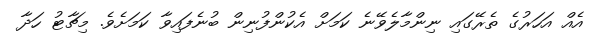
އެއް އަހަރުގެ ތެރޭގައި ނިންމާލެވޭނެ ކަމަށް އެކުންފުނިން ބުނެފައިވާ ކަަމަށެވެ. މިޗާޓު ހަދާ